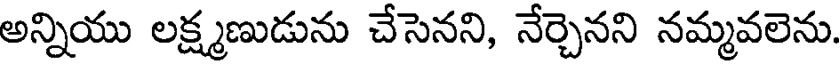
అన్నియు లక్ష్మణుడును చేసెనని, నేర్చెనని నమ్మవలెను.